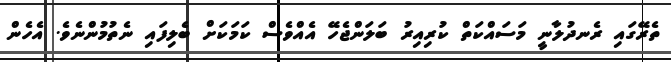
ތެރޭގައި ރެނދުލާނީ މަސައްކަތް ކުރިއިރު ބަލަންޖެހޭ އެއްވެސް ކަމަކަށް ބެލިފައި ނެތުމުންނެވެ. އެހެން